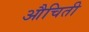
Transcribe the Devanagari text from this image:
औचिती